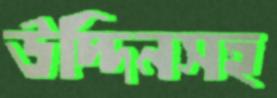
উদ্দিনসহ